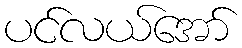
ပင်လယ်အော်